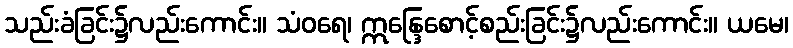
သည်းခံခြင်း၌လည်းကောင်း။ သံဝရေ၊ ဣန္ဒြေစောင့်စည်းခြင်း၌လည်းကောင်း။ ယမေ၊